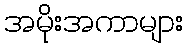
အမိုးအကာများ